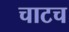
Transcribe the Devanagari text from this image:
चाटच